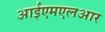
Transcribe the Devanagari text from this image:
आईएमएलआर